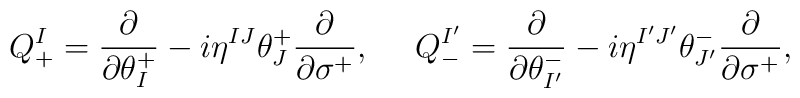
Q_{+}^{I} = \frac{\partial}{\partial \theta_{I}^{+}} -i\eta^{IJ} \theta_{J}^{+}\frac{\partial}{\partial \sigma^{+}}  , \ \ \ \ Q_{-}^{I'} =\frac{\partial}{\partial \theta_{I'}^{-}} - i\eta^{I' J' } \theta^{-}_{J'}\frac{\partial}{\partial \sigma^{+}} ,